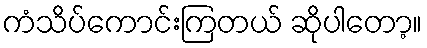
ကံသိပ်ကောင်းကြတယ် ဆိုပါတော့။